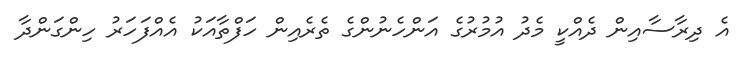
އެ ދިރާސާއިން ދެއްކީ މެދު އުމުރުގެ އަންހެނުންގެ ތެރެއިން ހަފްތާއަކު އެއްފަހަރު ހިންގަންދާ